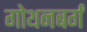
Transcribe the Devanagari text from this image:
गोथनबर्गं